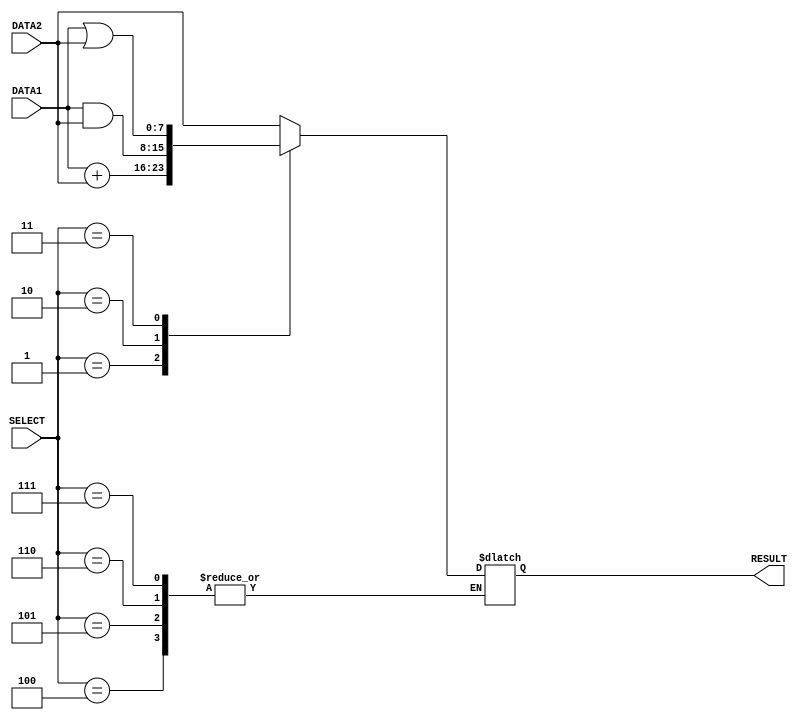
/*
    Reg. No :E/16/394
    CO224
*/
module alu( DATA1, DATA2 ,RESULT ,SELECT );
    //ALU module for cpu
    //instantiate 8 bits inputs data1 and data2
    input [7:0] DATA1 ,DATA2 ;
    //instantiate 3 bits input select
    input [2:0] SELECT;
    //instantiate 8 bits output result
    output [7:0] RESULT;
    //create 7 bits register to hold result
    reg [7:0] RESULT;
    //execute whenever data1 , data2 , select value changes
    always @( DATA1 ,DATA2 ,SELECT)
    begin
        //do operation according to value in select
        case(SELECT)
            //if select = 000 forward function ,data2-> result #1 delay
            3'b000 : RESULT = #1 DATA2 ;
            //if select = 001 add function ,data1 + data2 -> result #2 delay
            3'b001 : RESULT = #2 DATA1 + DATA2 ;
            //if select = 010 and function , data1 & data2 -> result #1 delay
            3'b010 : RESULT = #1 DATA1 & DATA2 ;
            //if select = 011 or function , data1 | data2 -> result #1 delay
            3'b011 :RESULT = #1 DATA1 | DATA2;
            //Following are reserved for future functional units #0 delyas
            //if select = 100
            3'b100 : $display("Reserved for future functional unit");
            //if select = 101 
            3'b101 : $display("Reserved for future funtional unit");
            //if select = 110
            3'b110 : $display("Reserved for future funtional unit");
            //if select = 111
            3'b111 : $display("Reserved for future funtional unit");
        endcase


    end

endmodule